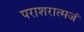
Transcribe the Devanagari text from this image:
पराशरात्मजं